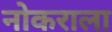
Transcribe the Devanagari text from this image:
नोकराला